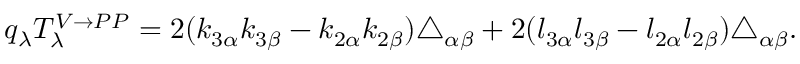
q _ { \lambda } T _ { \lambda } ^ { V \rightarrow P P } = 2 ( k _ { 3 \alpha } k _ { 3 \beta } - k _ { 2 \alpha } k _ { 2 \beta } ) \triangle _ { \alpha \beta } + 2 ( l _ { 3 \alpha } l _ { 3 \beta } - l _ { 2 \alpha } l _ { 2 \beta } ) \triangle _ { \alpha \beta } .